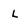
Character: l